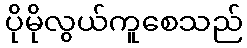
ပိုမိုလွယ်ကူစေသည်